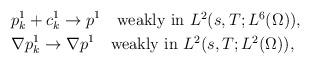
LaTeX: \begin{align*}&p_k^1+c_k^1\to p^1\quad\mbox{weakly in $L^2(s,T; L^6(\Omega))$}, \\&\nabla p_k^1\to\nabla p^1\quad\mbox{weakly in $L^2(s,T; L^2(\Omega))$},\end{align*}